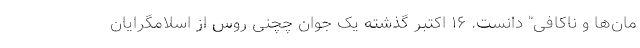
مان‌ها و ناکافی" دانست. ۱۶ اکتبر گذشته یک جوان چچنی روس از اسلامگرایان